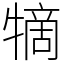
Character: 㹍